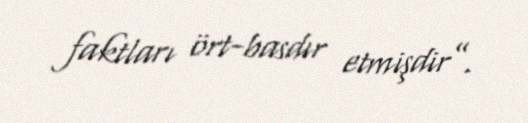
faktları ört-basdır etmişdir”.